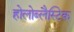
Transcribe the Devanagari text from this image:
होलोब्लैस्टिक